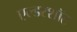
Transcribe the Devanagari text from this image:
एल्डरशॉट